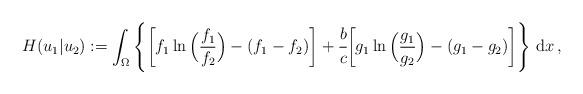
LaTeX: \begin{align*}H(u_1|u_2):=\int_\Omega \left\{ \bigg[f_1\ln\Big(\frac{f_1}{f_2}\Big)-(f_1-f_2)\bigg]+ \cfrac{b }{c} \bigg[ g_1 \ln\Big(\frac{g_1}{g_2}\Big) - (g_1-g_2) \bigg] \right\}\,\mathrm{d}x\,,\end{align*}